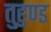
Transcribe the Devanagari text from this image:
तुहुण्ड